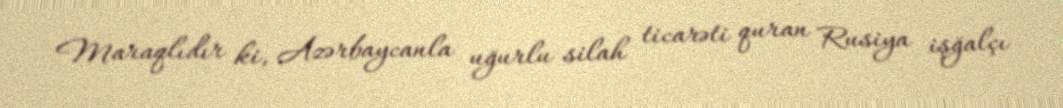
Maraqlıdır ki, Azərbaycanla uğurlu silah ticarəti quran Rusiya işğalçı